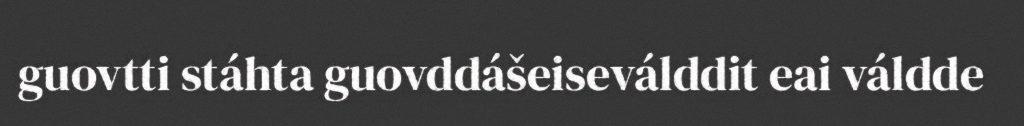
guovtti stáhta guovddášeiseválddit eai váldde